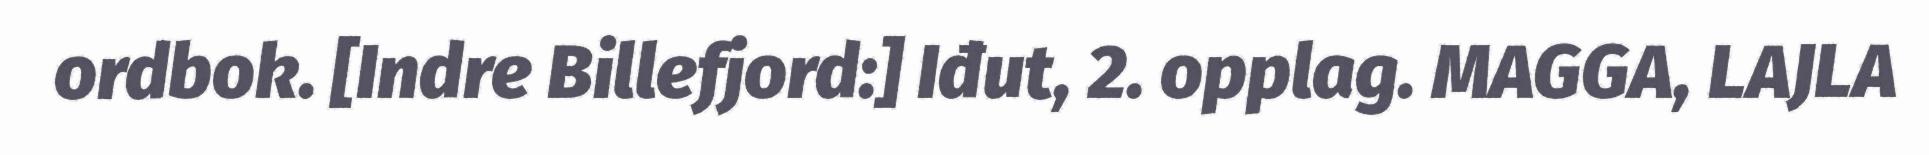
ordbok. [Indre Billefjord:] Iđut, 2. opplag. MAGGA, LAJLA